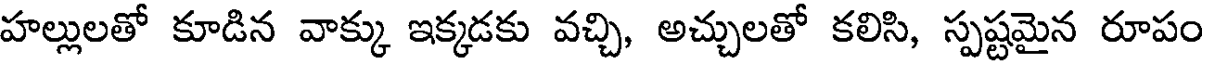
హల్లులతో కూడిన వాక్కు ఇక్కడకు వచ్చి, అచ్చులతో కలిసి, స్పష్టమైన రూపం